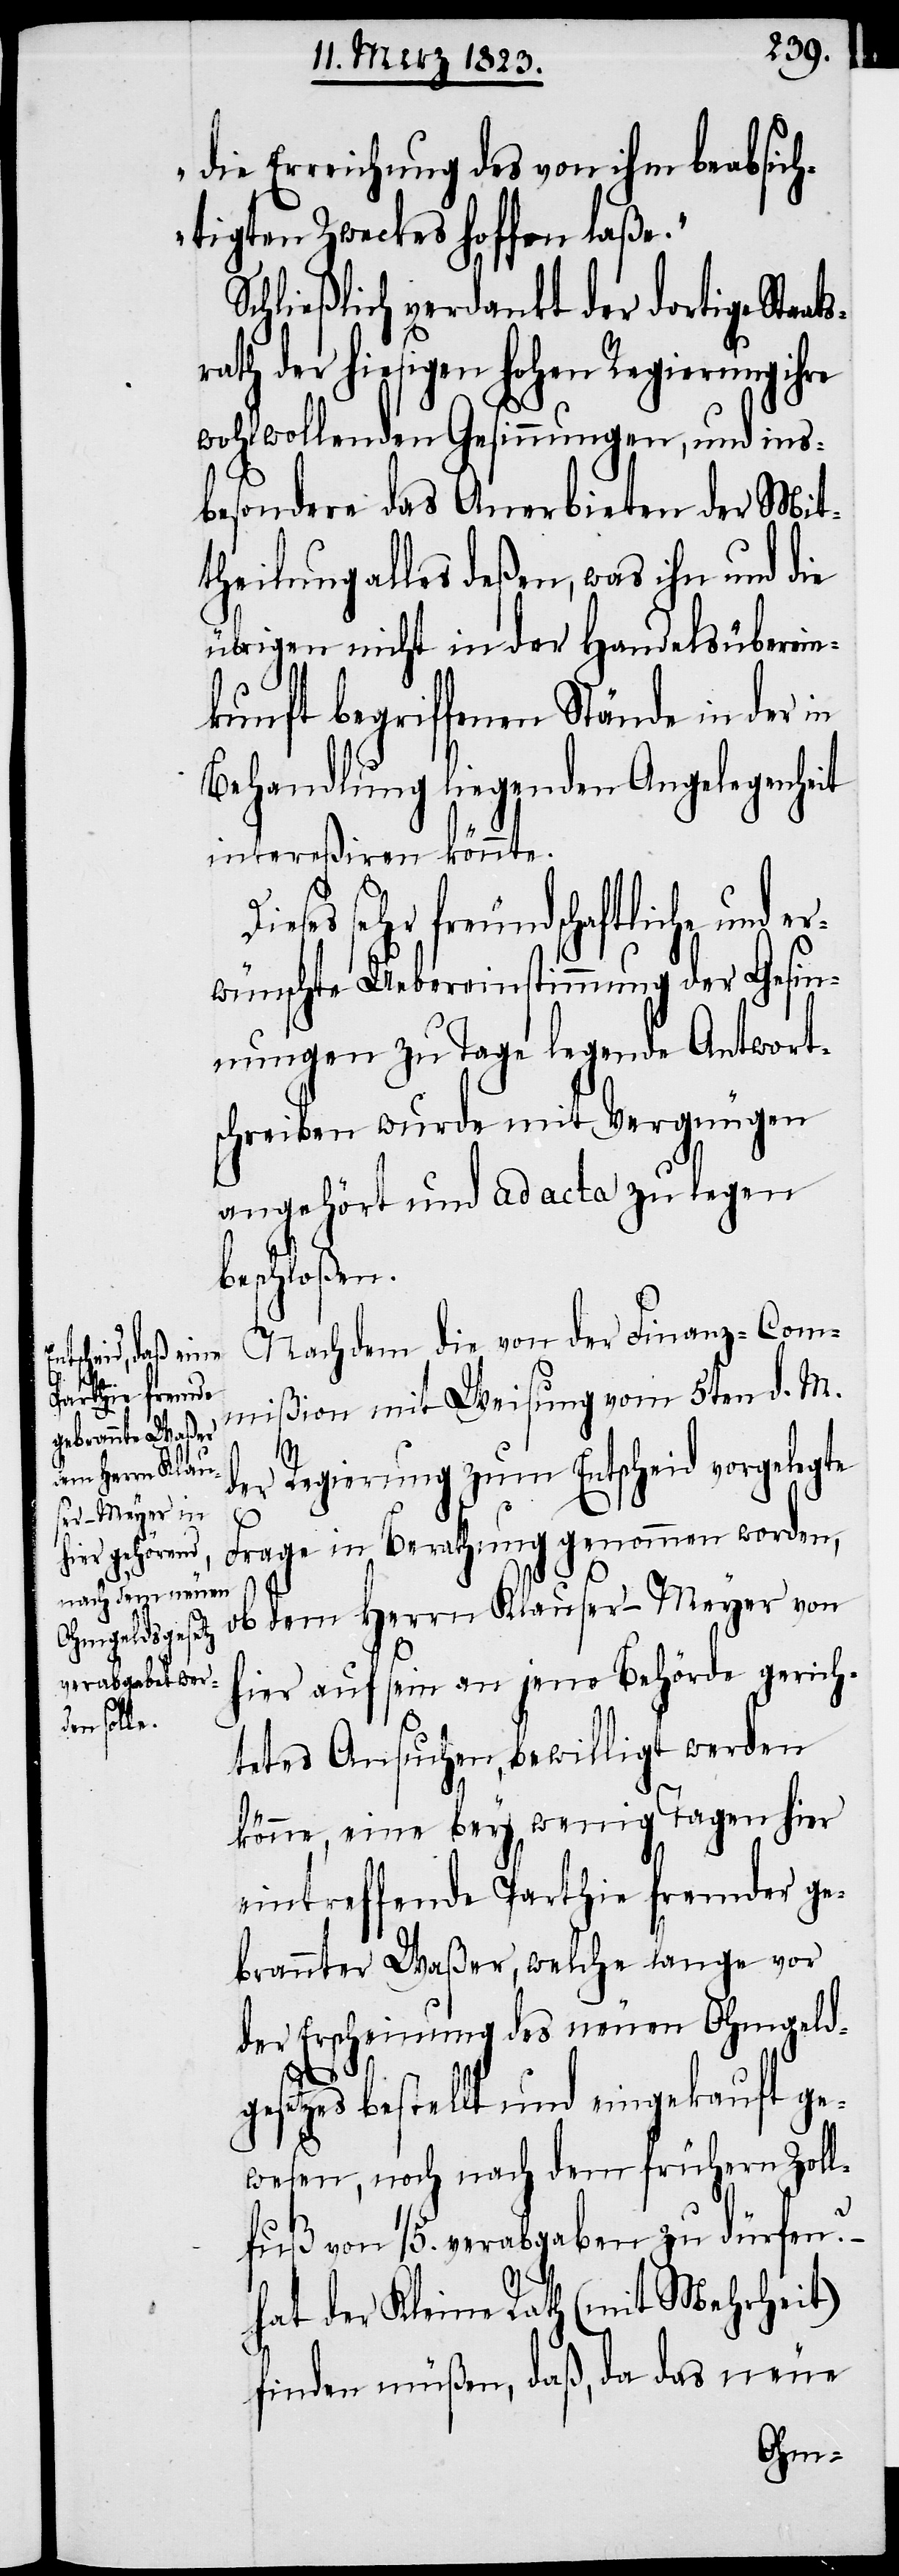
ats¬
D¬

die Erreichung des von ihm beabsich¬
tigten Zweckes hoffen laße.“
Schließlich verdankt der dortige Sta¬
rath der hiesigen hohen Regierung ihre
wohlwollenden Gesinnungen, und ins¬
besondere das Anerbieten der Mit¬
theilung alles deßen, was ihn und die
übrigen nicht in der Handelsüberein¬
kunft begriffenen Stände in der in
Behandlung liegenden Angelegenheit
intereßiren könnte.
ieses sehr freundschaftliche und e¬
rwünschte Uebereinstimmung der Gesin¬
nungen zu Tage legende Antwort¬
schreiben wurde mit Vergnügen
angehört und ad acta zu legen
beschloßen.
Nachdem die von der Finanz-Com¬
mißion mit Weisung vom 5ten d. M.
der Regierung zum Entscheid vorgelegte
Frage in Berathung genommen worden,
ob dem Herrn Klauser-Meyer von
hier auf sein an jene Behörde gerich¬
tetes Ansuchen, bewilligt werden
könne, eine bey wenig Tagen hier
eintreffende Parthie fremder ge¬
brannter Waßer, welche lange vor
der Erscheinung des neuen Ohmgeldg¬
esetzes bestellt und eingekauft ge¬
wesen, noch nach dem frühern Zoll¬
fuß von 1/5. verabgaben zu dürfen?
hat der Kleine Rath (mit Mehrheit)
finden müßen, daß, da das neue